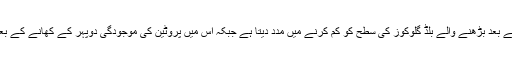
نتائج سے معلوم ہوا کہ ناشتے میں کسی بھی شکل میں دودھ کا استعمال کھانے کے بعد بڑھنے والے بلڈ گلوکوز کی سطح کو کم کرنے میں مدد دیتا ہے جبکہ اس میں پروٹین کی موجودگی دوپہر کے کھانے کے بعد بھی شام میں کچھ کھانے کی خواہش کو کنٹرول میں رکھنے میں مدد دیتی ہے۔